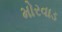
મોરવાડ